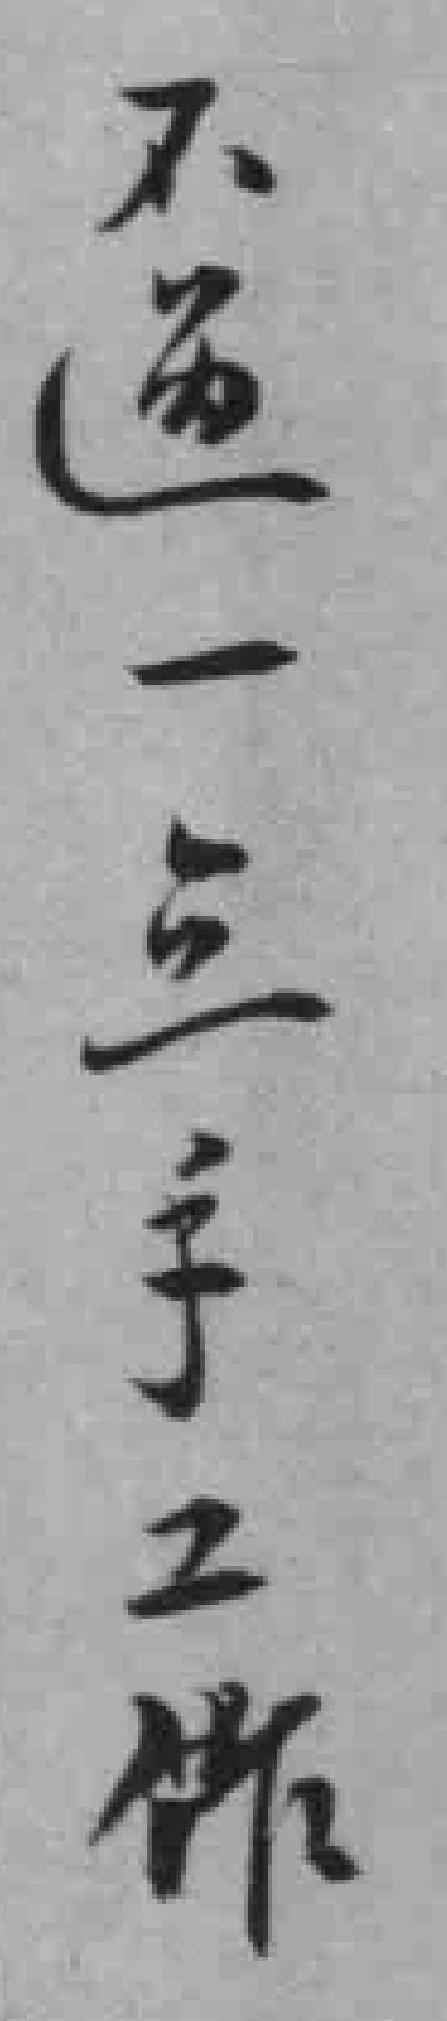
不過一点手工作